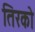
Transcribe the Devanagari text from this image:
तिरको